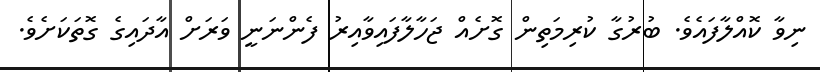
ނިވާ ކޮއްލާފައެވެ. ބުރުގާ ކުރިމަތިން ގޮށެއް ޖަހާލާފައިވާއިރު ފެންނަނީ ވަރަށް އާދައިގެ ގޮތަކަށެވެ.